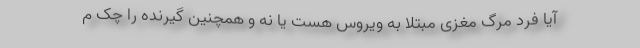
آیا فرد مرگ مغزی مبتلا به ویروس هست یا نه و همچنین گیرنده را چک م